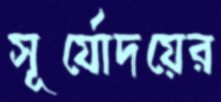
সূর্যোদয়ের